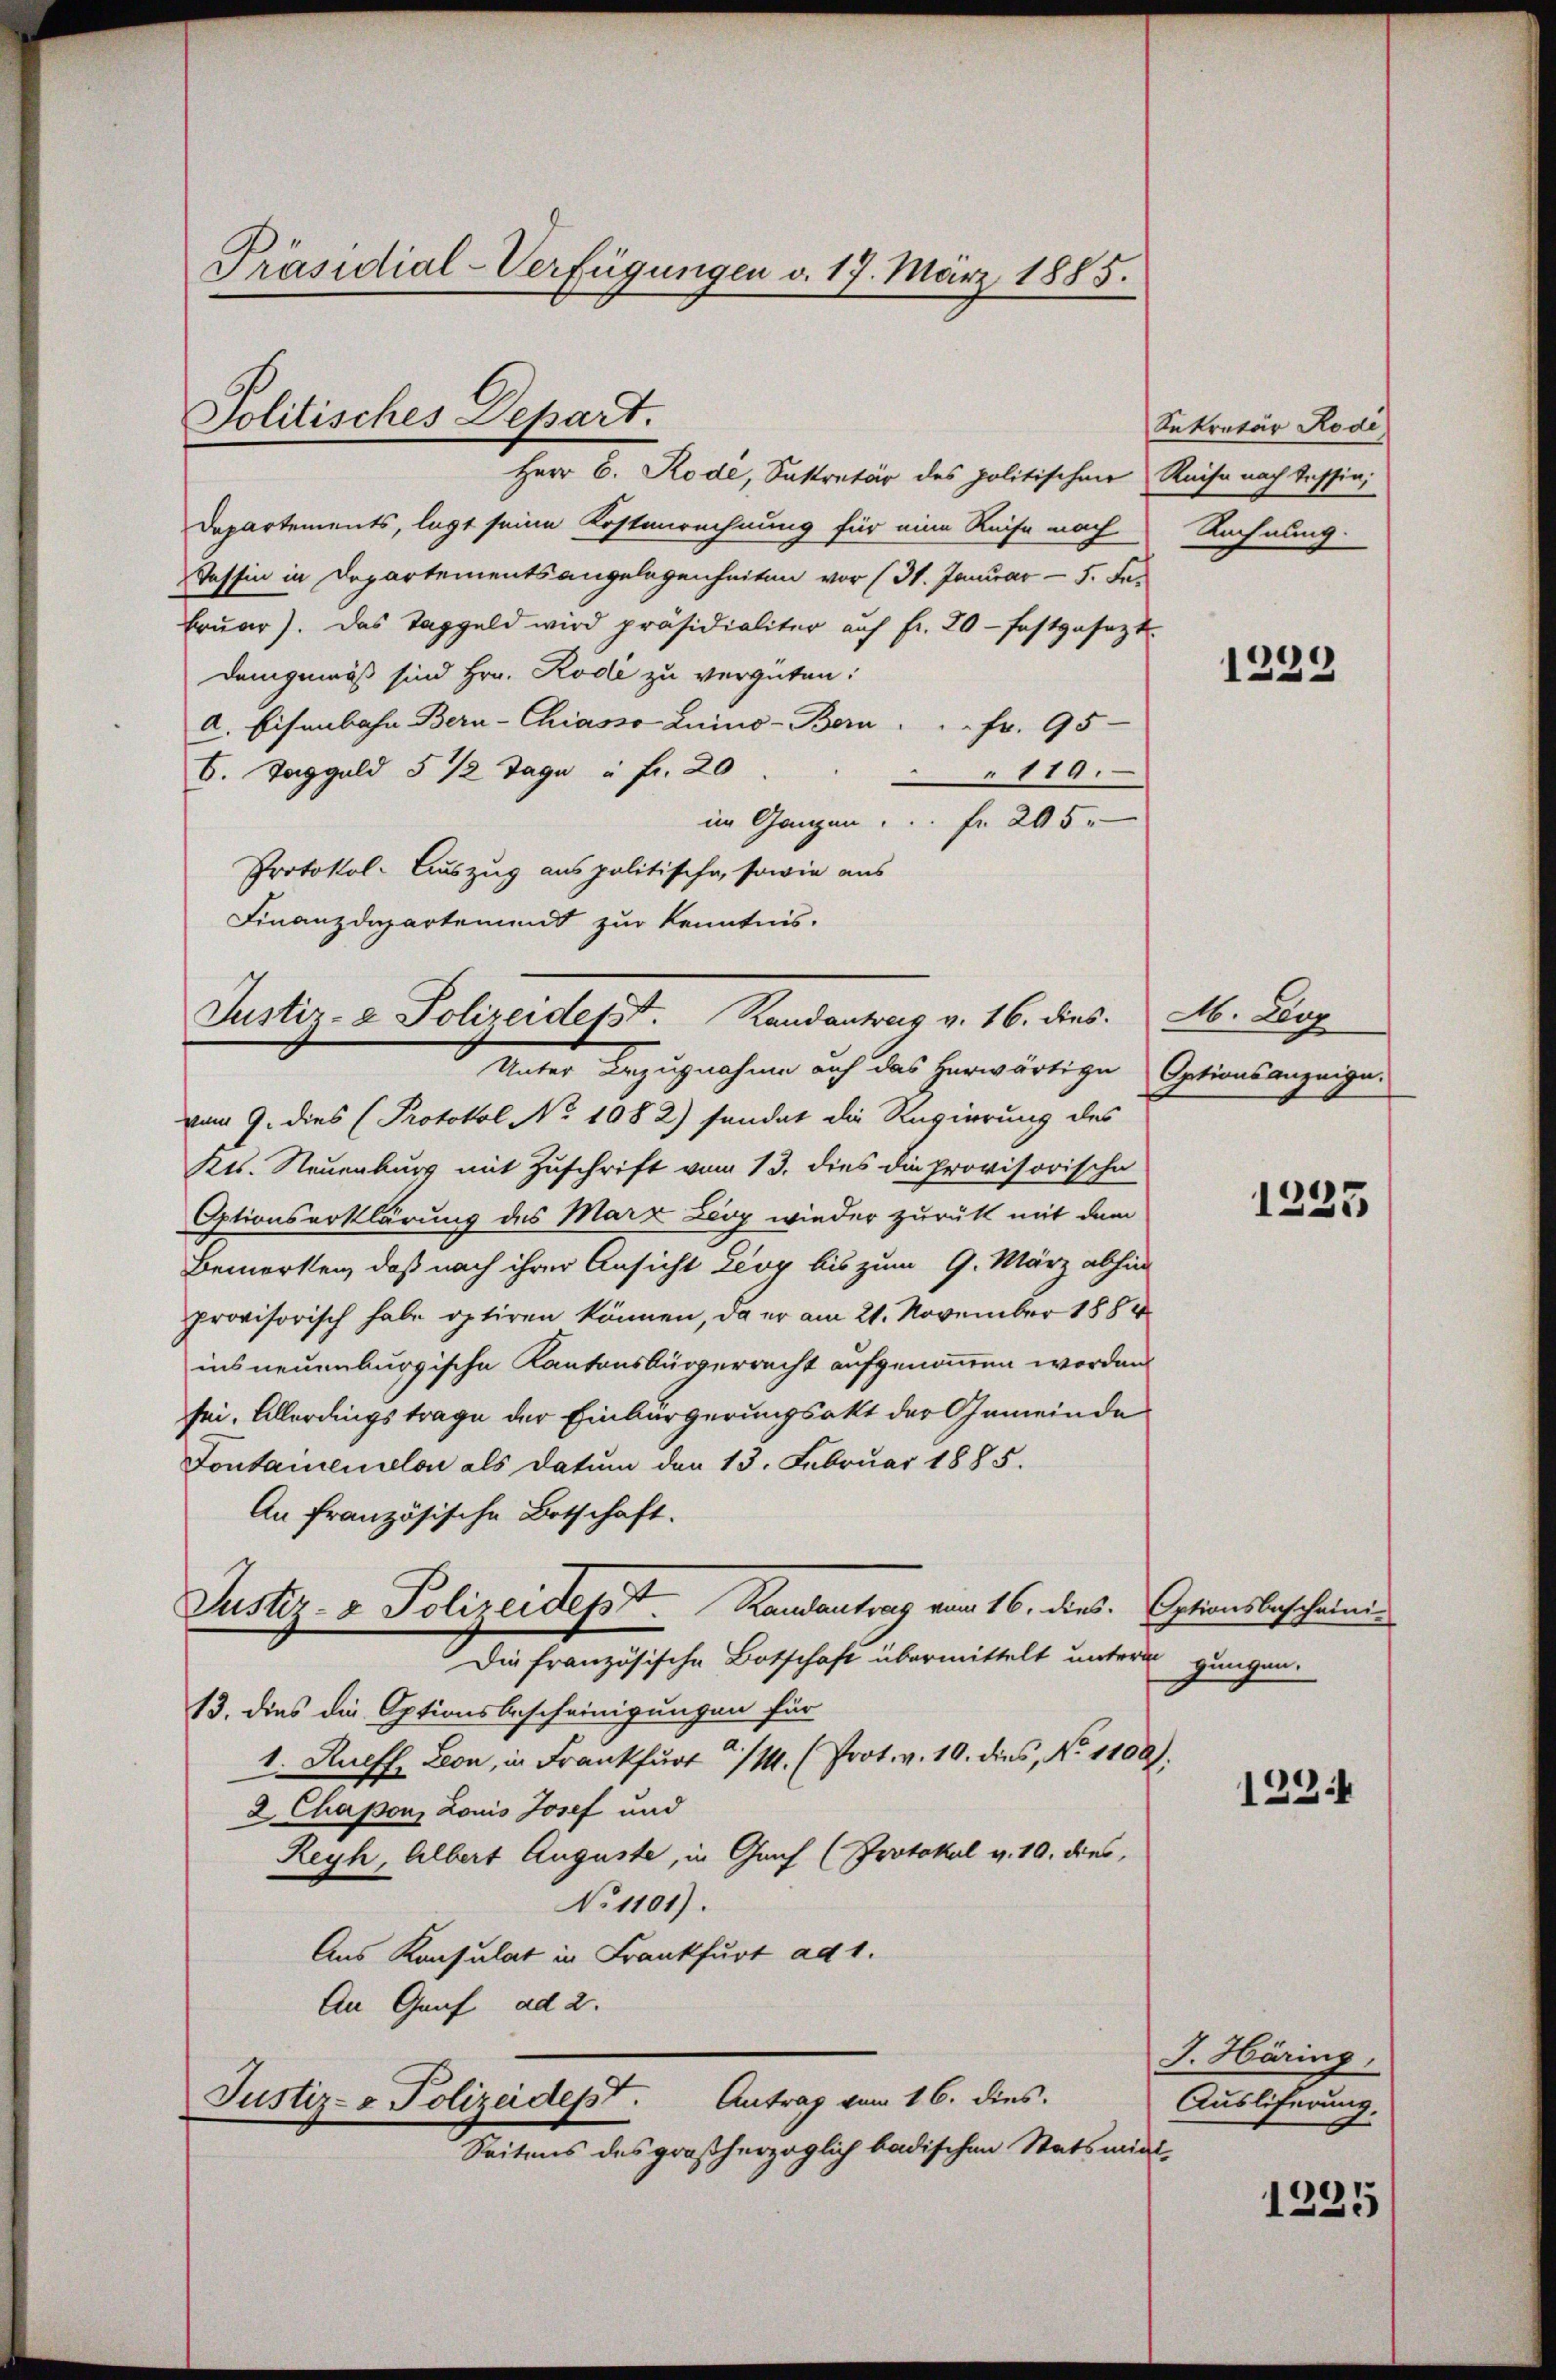
Präsidial-Verfügungen v. 17. März 1885.

Politisches Depart.

Herr C. Rodé, Instretär des politischen Reise nach Tessin,
Departements, legt seine Kostenrechnung für eine Reise nach
Tessin in Departementsangelegenheiten vor (31. Januar - 5. Fe
bruar). Das Taggeld wird präsidialiter auf fr. 20 - festgesezt.
Demgemäß sind Hrn. Rode zu vergüten:
a. Eisenbahn Bern-Chiasso Luino- Bern: " Fr. 95
6. Taggeld 5 1/2 Tage à fr. 20
119.
im Ganzen   .   .  ..  Fr. 205.
Protokol- Auszug aus politische, sowie aus
Finanzdepartement zur Kenntnis.

Justiz- & Polizeidesst. Randanteig v. 16. dies

Justiz- & Polizeidept. Antrag vom 16. dies

Unter Bezugnahme auf das herwärtige Optionsanzeige.

vom 9. dies (Protokol No 1082) sendet die Regierung des
Kts. Neuenburg mit Zuschrift vom 13. dies die provisorische
Optionserklärung des Marx Leo wieder zurückt mit dem
Bemerken, daß nach ihrer Ansicht Leoy bis zum 9. März abhin
provisorisch habe optiren können, da er am 21. November 1884
ins neuenburgische Kantonsbürgerrecht aufgenommen worden
sei. Allerdingstrage der Einbürgerungsakt der Gemeinde
Fontainenselon als Datum den 13. Februar 1885.
An französische Botschaft.
Justiz- & Polizeidept. Randantrag vom 16. dies. Optionsbescheini
Die französische Botschaft übermittelt unterm gungen.
13. dies die Optionsbescheinigungen für
1. Rueff. Leon, in Frankfurt/M. (Prot. v. 10. dies, No 1100).
2. Chapon, Louis Josef und
Reyh, Albert Auguste, in Graf (Protokol v. 10. dies,
No 1101).
Aus Konsulat in Frankfurt ad 1.
An Graf ad 2.

Seitens des großherzoglich badischen Statsmini-

Sekretär Rodi
Rechnung.

1229

M. Leop

1233

1234

J. Häring,
Ausliferung.

1225